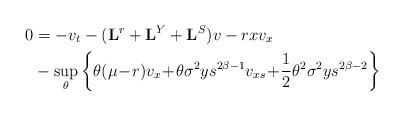
LaTeX: \begin{align*} 0&=-v_t - (\mathbf{L}^r +\mathbf{L}^Y +\mathbf{L}^{S})v - r x v_x \\ & -\sup_{\theta} \left\{\theta (\mu\!-\!r)v_x \!+\!\theta \sigma^2 y s^{2 \beta-1} v_{xs} \!+\!\frac12 \theta^2\sigma^2 y s^{2\beta-2} \right\} \end{align*}